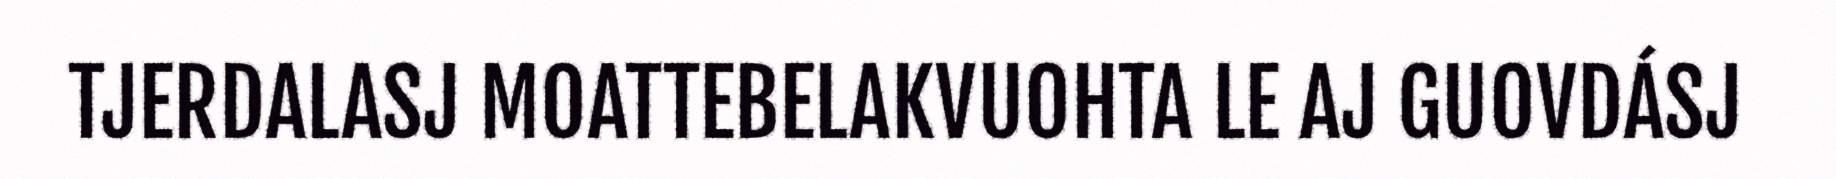
TJERDALASJ MOATTEBELAKVUOHTA LE AJ GUOVDÁSJ